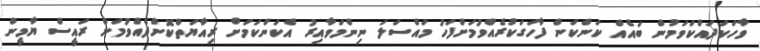
ވާހަކަދައްކަވަމުން ބައެއް ކަންކަން ފާހަގަކުރެއްވުމަށްފަހު މައްސަލަ ނިންމަވާއިރު އެކަންކަމަށް ރިއާޔަތްކޮށްދެއްވުމަށް ރައީސް ޔާމީން